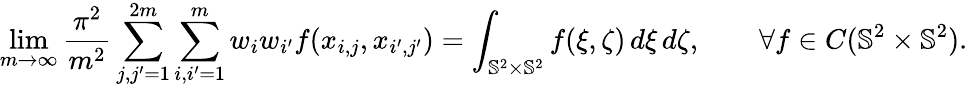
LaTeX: \underset{m\rightarrow\infty}{\operatorname*{lim}}\frac{\pi^{2}}{m^{2}}\sum_{j,j^{\prime}=1}^{2m}\sum_{i,i^{\prime}=1}^{m}w_{i}w_{i^{\prime}}f(x_{i,j},x_{i^{\prime},j^{\prime}})=\int_{{\mathbb{S}^{2}}\times{\mathbb{S}^{2}}}f(\xi,\zeta)\, d\xi\, d\zeta,\qquad\forall f\in C({\mathbb{S}^{2}}\times{\mathbb{S}^{2}}).